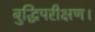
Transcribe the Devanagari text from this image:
बुद्धिपरीक्षण।